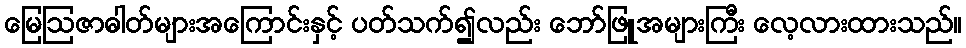
မြေဩဇာဓါတ်များအကြောင်းနှင့် ပတ်သက်၍လည်း ဘော်ဖြူအများကြီး လေ့လားထားသည်။